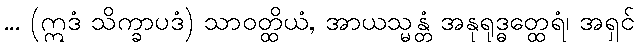
... (ဣဒံ သိက္ခာပဒံ) သာဝတ္ထိယံ, အာယသ္မန္တံ အနုရုဒ္ဓတ္ထေရံ၊ အရှင်